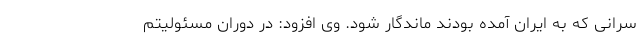
سرانی که به ایران آمده بودند ماندگار شود. وی افزود: در دوران مسئولیتم